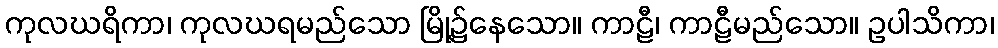
ကုလဃရိကာ၊ ကုလဃရမည်သော မြို့၌နေသော။ ကာဠီ၊ ကာဠီမည်သော။ ဥပါသိကာ၊